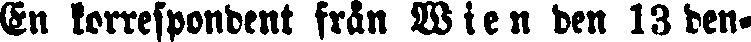
En korrespondent från Wien den 13 den-